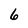
Character: 6